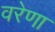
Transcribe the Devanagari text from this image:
वरेणा